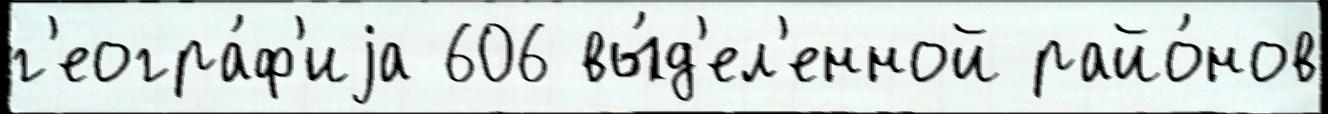
г'еогра́ф'иjа 606 вы́д'ел'енной райо́нов